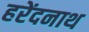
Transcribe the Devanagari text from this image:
हरेंदनाथ